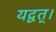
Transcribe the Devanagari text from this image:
यद्वत्।